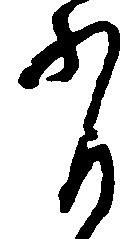
有